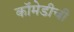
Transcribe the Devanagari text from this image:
कॉमेडीची